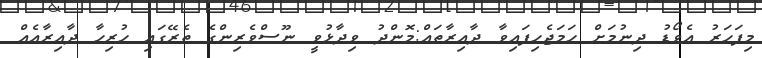
މިފަހަރު އެވޯޑު ދިނުމަށް ހަމަޖެހިފައިވާ ދާއިރާތައް:މޮންދު ވިދާޅުވީ ނޫސްވެރިންގެ ތެރޭގައި ހުރިހާ ދާއިރާއެއް